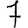
Digit: 7